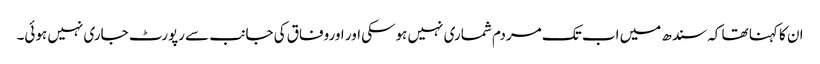
ان کا کہنا تھا کہ سندھ میں اب تک مردم شماری نہیں ہوسکی اور اوروفاق کی جانب سے رپورٹ جاری نہیں ہوئی۔